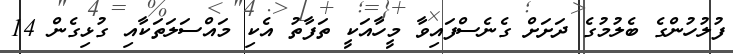
ފުލުހުންގެ ބެލުމުގެ ދަށަށް ގެނެސްފައިވާ މީހާއަކީ ތަފާތު އެކި މައްސަލަތަކާއި ގުޅިގެން 14